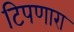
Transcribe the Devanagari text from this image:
टिपणारा